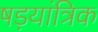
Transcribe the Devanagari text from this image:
षड़यांत्रिक